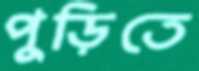
পুড়িতে